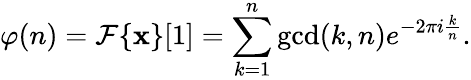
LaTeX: \varphi(n)={\mathcal{F}}\{ \mathbf{x}\} [1]=\sum_{k=1}^{n}\operatorname*{gcd}(k,n)e^{-2\pi i{\frac{k}{n}}}.